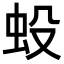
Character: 𧈻